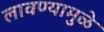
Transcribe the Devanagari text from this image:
लावण्यामुळे